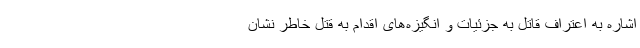
اشاره به اعتراف قاتل به جزئیات و انگیزه‌های اقدام به قتل خاطر نشان